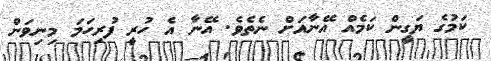
ކަމުގެ ޔަގީން ކަމެއް އޭނާއަށް ނެތެވެ. އޭނާ އެ ހުރީ ފުރިހަމަ މިނިވަން